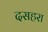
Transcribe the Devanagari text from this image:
दसहरा